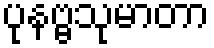
ပုနဗ္ဗသုမာတာ